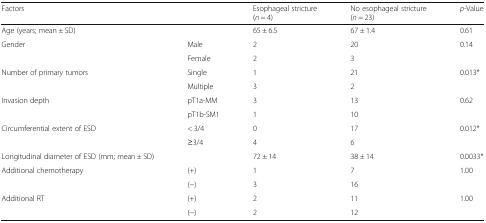
| Factors |  | Esophageal stricture(n = 4) | No esophageal stricture(n = 23) | p-Value |
 | --- | --- | --- | --- | --- |
 | Age (years; mean ± SD) |  | 65 ± 6.5 | 67 ± 1.4 | 0.61 |
 | <ROWSPAN=2> Gender | Male | 2 | 20 | 0.14 |
 | Female | 2 | 3 |  |
 | <ROWSPAN=2> Number of primary tumors | Single | 1 | 21 | 0.013* |
 | Multiple | 3 | 2 |  |
 | <ROWSPAN=2> Invasion depth | pT1a-MM | 3 | 13 | 0.62 |
 | pT1b-SM1 | 1 | 10 |  |
 | <ROWSPAN=2> Circumferential extent of ESD | < 3/4 | 0 | 17 | 0.012* |
 | ≥3/4 | 4 | 6 |  |
 | Longitudinal diameter of ESD (mm; mean ± SD) |  | 72 ± 14 | 38 ± 14 | 0.0033* |
 | <ROWSPAN=2> Additional chemotherapy | (+) | 1 | 7 | 1.00 |
 | (−) | 3 | 16 |  |
 | <ROWSPAN=2> Additional RT | (+) | 2 | 11 | 1.00 |
 | (−) | 2 | 12 |  |